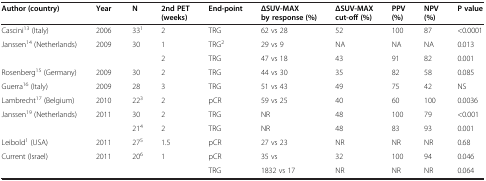
| Author (country) | Year | N | 2nd PET (weeks) | End-point | ΔSUV-MAX by response (%) | ΔSUV-MAX cut-off (%) | PPV (%) | NPV (%) | P value |
 | --- | --- | --- | --- | --- | --- | --- | --- | --- | --- |
 | Cascini13 (Italy) | 2006 | 331 | 2 | TRG | 62 vs 28 | 52 | 100 | 87 | <0.0001 |
 | <ROWSPAN=2> Janssen14 (Netherlands) | <ROWSPAN=2> 2009 | <ROWSPAN=2> 30 | 1 | TRG2 | 29 vs 9 | NA | NA | NA | 0.013 |
 | 2 | TRG | 47 vs 18 | 43 | 91 | 82 | 0.001 |
 | Rosenberg15 (Germany) | 2009 | 30 | 2 | TRG | 44 vs 30 | 35 | 82 | 58 | 0.085 |
 | Guerra16 (Italy) | 2009 | 28 | 3 | TRG | 51 vs 43 | 49 | 75 | 42 | NS |
 | Lambrecht17 (Belgium) | 2010 | 223 | 2 | pCR | 59 vs 25 | 40 | 60 | 100 | 0.0036 |
 | <ROWSPAN=2> Janssen19 (Netherlands) | <ROWSPAN=2> 2011 | 30 | 2 | TRG | NR | 48 | 100 | 79 | <0.001 |
 | 214 | 2 | TRG | NR | 48 | 83 | 93 | 0.001 |
 | Leibold1 (USA) | 2011 | 275 | 1.5 | pCR | 27 vs 23 | NR | NR | NR | 0.68 |
 | Current (Israel) | 2011 | 206 | 1 | pCR | 35 vs | 32 | 100 | 94 | 0.046 |
 |  |  |  |  | TRG | 1832 vs 17 | NR | NR | NR | 0.064 |